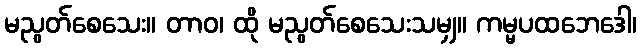
မညွတ်စေသေး။ တာဝ၊ ထို မညွတ်စေသေးသမျှ။ ကမ္မပထဘေဒေါ၊